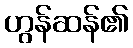
ဟွန်ဆန်၏